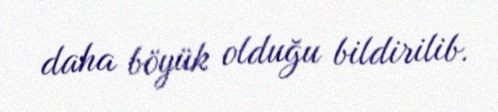
daha böyük olduğu bildirilib.